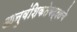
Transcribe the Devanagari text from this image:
आनुवंशिकतेबद्दलचे